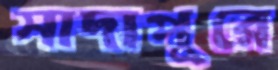
সাদাপুরে